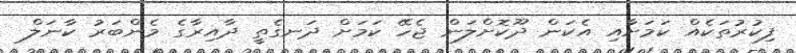
ފިކުރުތަކެއް ކަމަށާއި އެކަން ދޫކޮށްލަން ޖެހޭ ކަމަށް ދަނގެތީ ދާއިރާގެ މެންބަރު ކާނަލް